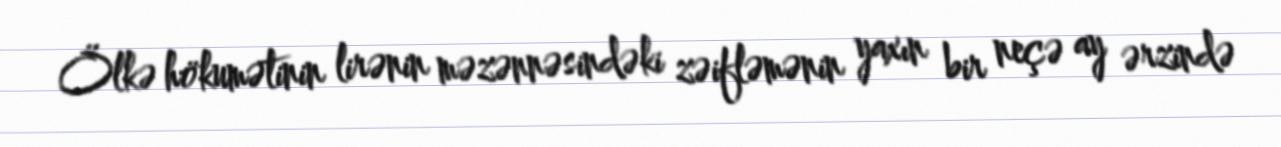
Ölkə hökumətinin lirənin məzənnəsindəki zəifləmənin yaxın bir neçə ay ərzində